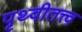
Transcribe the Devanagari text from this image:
पृथ्वीतत्त्व